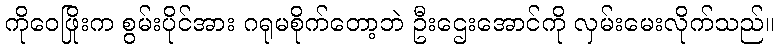
ကိုဝေဖြိုးက စွမ်းပိုင်အား ဂရုမစိုက်တော့ဘဲ ဦးဌေးအောင်ကို လှမ်းမေးလိုက်သည်။